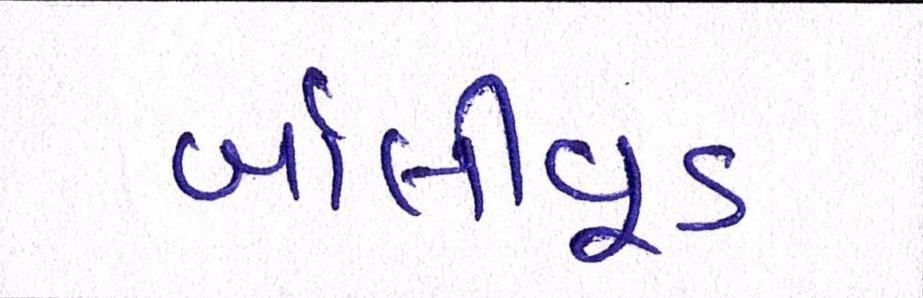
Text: બૉલીવૂડ